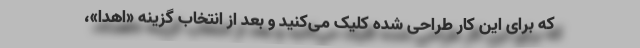
که برای این کار طراحی شده کلیک می‌کنید و بعد از انتخاب گزینه «اهدا»،